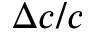
\Delta c / c